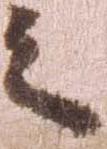
之